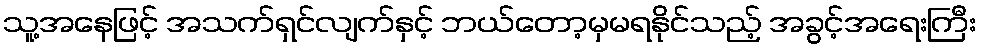
သူ့အနေဖြင့် အသက်ရှင်လျက်နှင့် ဘယ်တော့မှမရနိုင်သည့် အခွင့်အရေးကြီး